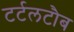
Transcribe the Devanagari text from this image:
टर्टलटौब